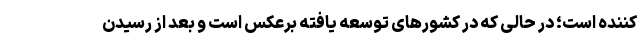
کننده است؛ در حالی که در کشورهای توسعه یافته برعکس است و بعد از رسیدن